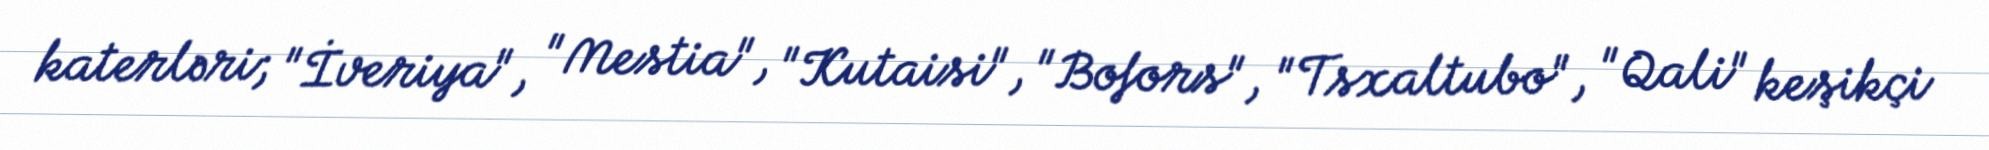
katerləri; "İveriya", "Mestia", "Kutaisi", "Bofors", "Tsxaltubo", "Qali" keşikçi